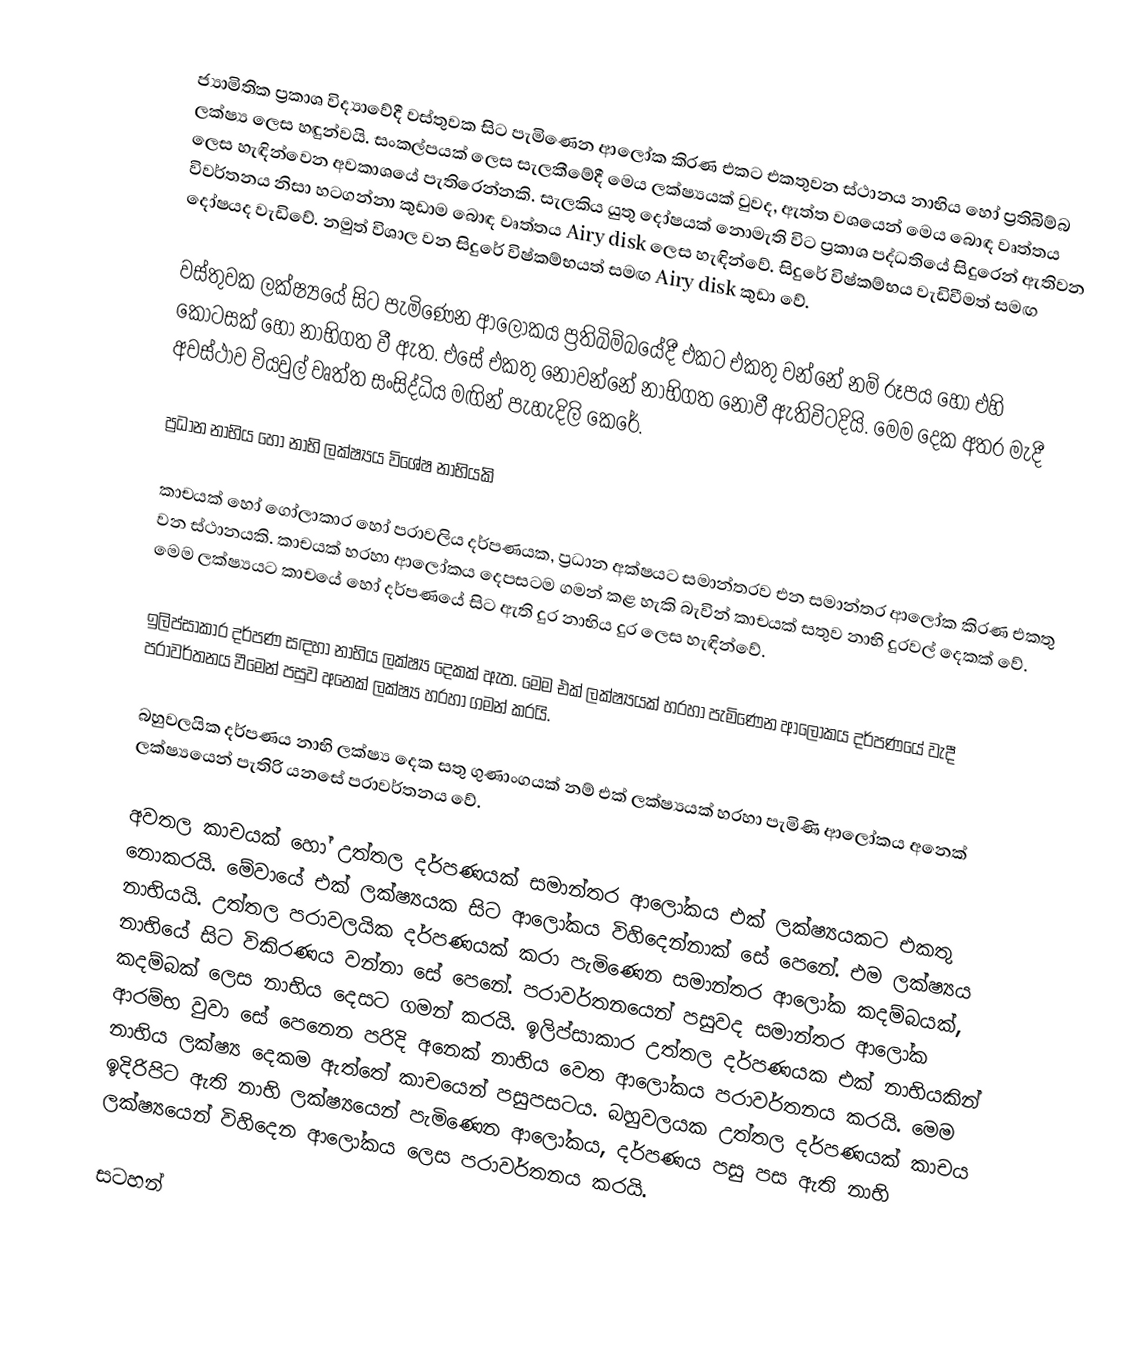
ජ්‍යාමිතික ප්‍රකාශ විද්‍යාවේදී වස්තුවක සිට පැමිණෙන ආලෝක කිරණ එකට එකතුවන ස්ථානය නාභිය හෝ ප්‍රතිබිම්බ ලක්ෂ්‍ය ලෙස හඳුන්වයි. සංකල්පයක් ලෙස සැලකීමේදී මෙය ලක්ෂ්‍යයක් වුවද, ඇත්ත වශයෙන් මෙය බොඳ වෘත්තය ලෙස හැඳින්වෙන අවකාශයේ පැතිරෙන්නකි. සැලකිය යුතු දෝෂයක් නොමැති විට ප්‍රකාශ පද්ධතියේ සිදුරෙන් ඇතිවන විවර්තනය නිසා හටගන්නා කුඩාම බොඳ වෘත්තය Airy disk  ලෙස හැඳින්වේ. සිදුරේ විෂ්කම්භය වැඩිවීමත් සමඟ දෝෂයද වැඩිවේ. නමුත් විශාල වන සිදුරේ විෂ්කම්භයත් සමඟ Airy disk කුඩා වේ.

වස්තුවක ලක්ෂ්‍යයේ සිට පැමිණෙන ආලෝකය ප්‍රතිබිම්බයේදී එකට එකතු වන්නේ නම් රූපය හෝ එහි කොටසක් හෝ නාභිගත වී ඇත. එසේ එකතු නොවන්නේ නාභිගත නොවී ඇතිවිටදියි. මෙම දෙක අතර මැදී අවස්ථාව වියවුල් වෘත්ත සංසිද්ධිය මඟින් පැහැදිලි කෙරේ.

ප්‍රධාන නාභිය හෝ නාභි ලක්ෂ්‍යය විශේෂ නාභියකි

	කාචයක් හෝ ගෝලාකාර හෝ පරාවලිය දර්පණයක, ප්‍රධාන අක්ෂයට සමාන්තරව එන සමාන්තර ආලෝක කිරණ එකතු වන ස්ථානයකි. කාචයක් හරහා ‍ආලෝකය දෙපසටම ගමන් කළ හැකි බැවින් කාචයක්  සතුව නාභි දුරවල් දෙකක් වේ. මෙම ලක්ෂ්‍යයට කාචයේ හෝ දර්පණයේ සිට ඇති දුර නාභිය දුර ලෙස හැඳින්වේ.

	ඉලිප්සාකාර දර්පණ සඳහා නාභිය ලක්ෂ්‍ය දෙකක් ඇත. මෙම එක් ලක්ෂ්‍යයක් හරහා පැමිණෙන ආලෝකය දර්පණයේ වැදී පරාවර්තනය වීමෙන් පසුව අනෙක් ලක්ෂ්‍ය හරහා ගමන් කරයි.

	බහුවලයික දර්පණය නාභි ලක්ෂ්‍ය දෙක සතු ගුණාංගයක් නම් එක් ලක්ෂ්‍යයක් හරහා පැමිණි ආලෝකය අනෙක් ලක්ෂ්‍යයෙන් පැතිරි යනසේ පරාවර්තනය වේ.

අවතල කාචයක් හෝ උත්තල දර්පණයක් සමාන්තර ආලෝකය එක් ලක්ෂ්‍යයකට එකතු නොකරයි. මේවායේ එක් ලක්ෂ්‍යයක සිට ආලෝකය විහිදෙන්නාක් සේ පෙනේ. එම ලක්ෂ්‍යය නාභියයි. උත්තල පරාවලයික දර්පණයක් කරා පැමිණෙන සමාන්තර ආලෝක කදම්බයක්, නාභියේ සිට විකිරණය වන්නා සේ පෙනේ. පරාවර්තනයෙන් පසුවද සමාන්තර ආලෝක කදම්බක් ලෙස නාභිය දෙසට ගමන් කරයි. ඉලිප්සාකාර උත්තල දර්පණයක එක් නාභියකින් ආරම්භ වුවා සේ පෙනෙන පරිදි අනෙක් නාභිය වෙත ආලෝකය පරාවර්තනය කරයි. මෙම නාභිය ලක්ෂ්‍ය දෙකම ඇත්තේ කාචයෙන් පසුපසටය. බහුවලයක උත්තල දර්පණයක් කාචය ඉදිරිපිට ඇති නාභි ලක්ෂ්‍යයෙන් පැමිණෙන ආලෝකය, දර්පණය පසු පස ඇති නාභි ලක්ෂ්‍යයෙන් විහිදෙන ආලෝකය ලෙස පරාවර්තනය කරයි.

සටහන්